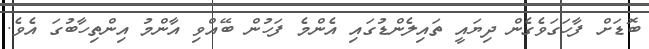
ބޮޑަށް ފާހަގަވެގެން ދިޔައީ ތައިލެންޑުގައި އެންމެ ފަހުން ބޭއްވި އާންމު އިންތިހާބުގަ އެވެ.